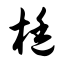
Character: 梃